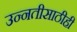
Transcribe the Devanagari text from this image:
उन्नतीसाठीही